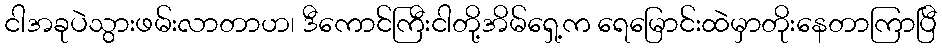
ငါအခုပဲသွားဖမ်းလာတာဟ၊ ဒီကောင်ကြီးငါတို့အိမ်ရှေ့က ရေမြောင်းထဲမှာတိုးနေတာကြာပြီ